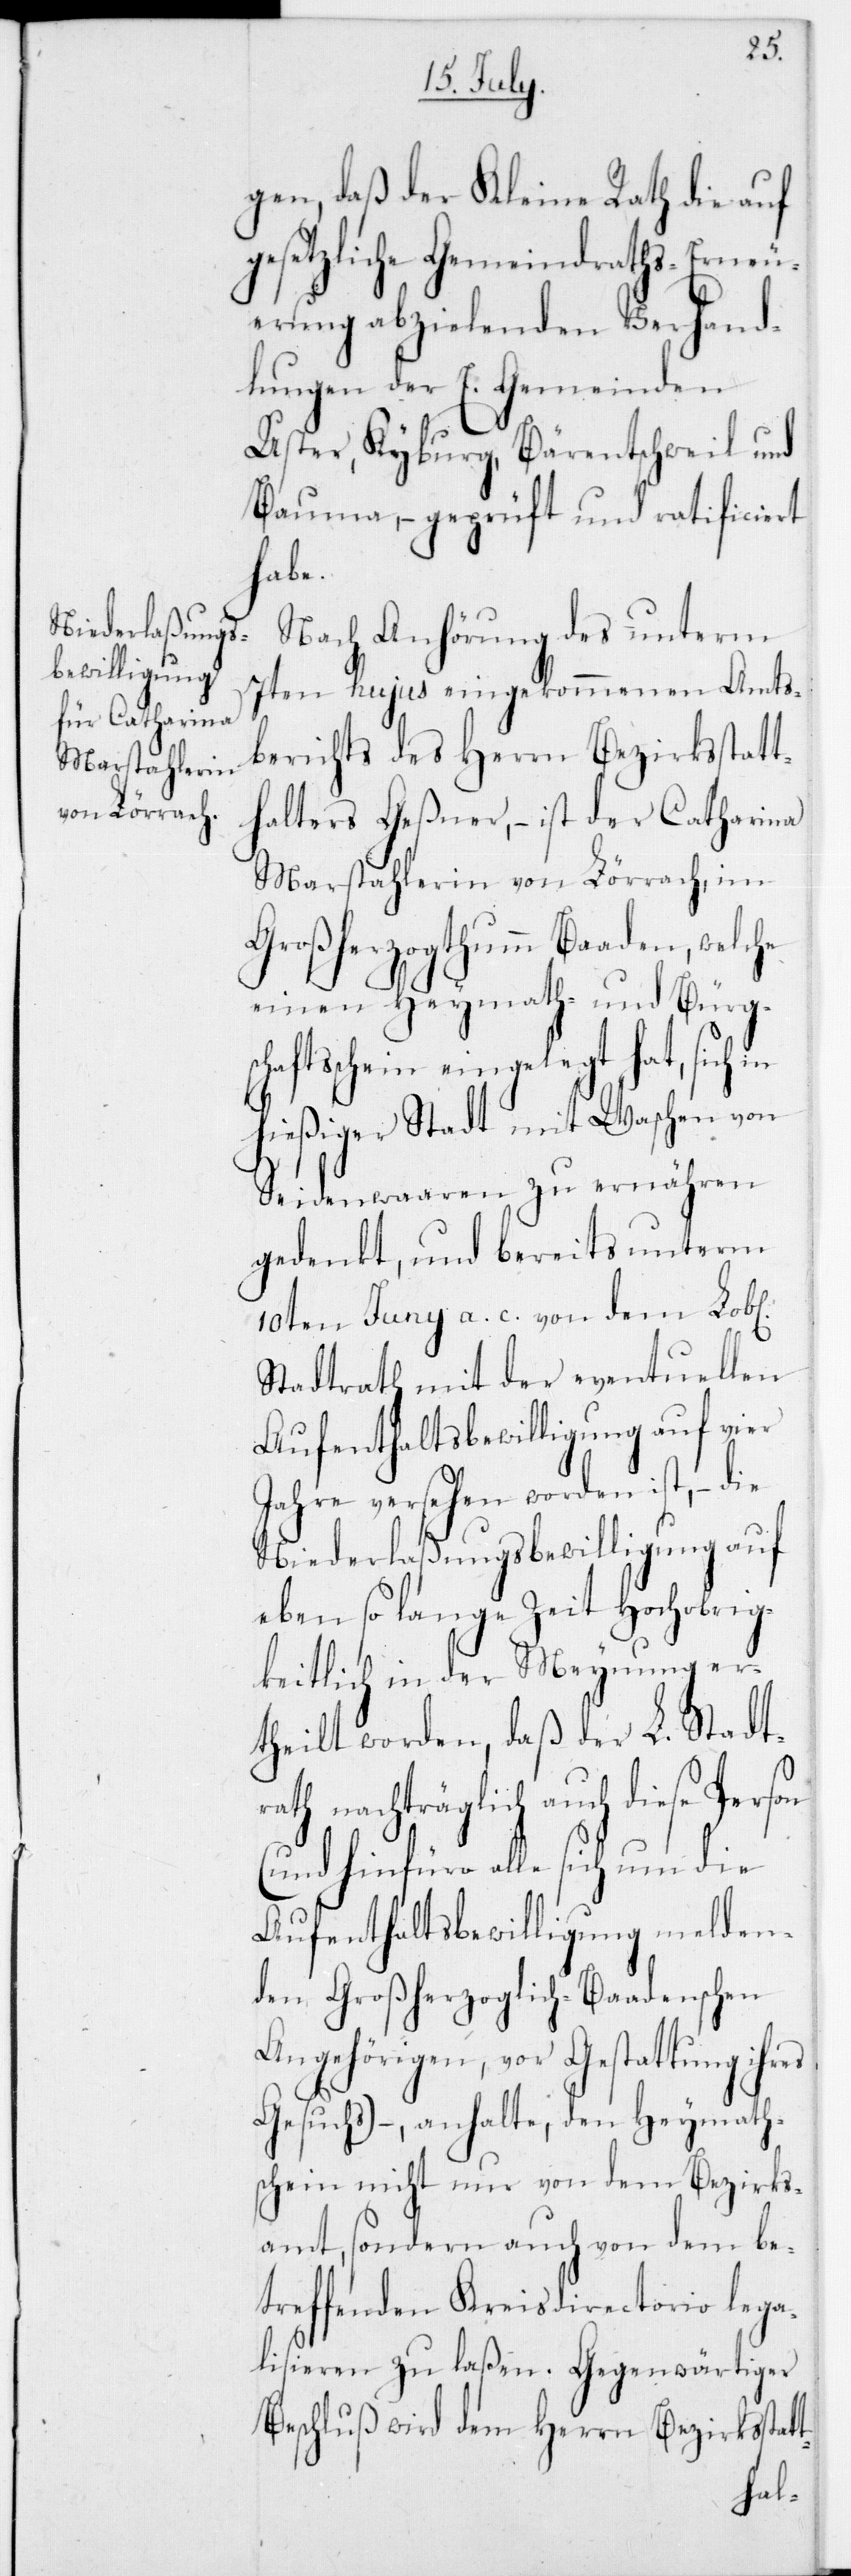
ichen]
gen, daß der Kleine Rath die auf
gesetzliche Gemeindraths-Erneu¬
erung abzielenden Verhand¬
lungen der E. Gemeinden
Uster, Kyburg, Bärentschweil und
Bauma, – geprüft und ratificiert
habe.
Nach Anhörung des unterm
7ten hujus eingekommenen Amts¬
berichts des Herrn Bezirksstatt¬
halters Geßner, – ist der Catharina
Marstahlerin von Lörrach, im
Großherzogthumm Baaden, welche
einen Heymath- und Bürgs¬
chaftsschein eingelegt hat, sich
hießiger Stadt mit Waschen von
Seidenwaaren zu ernähren
gedenkt, und bereits unterm
10ten Juny a. c. von dem Lob[l¬
Stadtrath mit der eventuellen
Aufenthaltsbewilligung auf vier
Jahre versehen worden ist, – die
Niederlaßungsbewilligung auf
eben so lange Zeit Hochobrig¬
keitlich in der Meynung er¬
theilt worden, daß der L. Stadt¬
rath nachträglich auch diese Person
(und hinfüro alle sich um die
Aufenthaltsbewilligung melden¬
den Großherzoglich-Baadenschen
Angehörigen, vor Gestattung ihres
Gesuchs), – anhalte, den Heymath¬
schein nicht nur von dem Bezirks¬
amt, sondern auch von dem be¬
treffenden Kreisdirectorio lega¬
lisieren zu laßen. Gegenwärtiger
Beschluß wird dem Herrn Bezirksstatt-